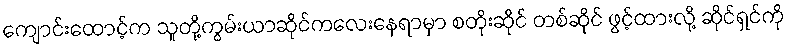
ကျောင်းထောင့်က သူတို့ကွမ်းယာဆိုင်ကလေးနေရာမှာ စတိုးဆိုင် တစ်ဆိုင် ဖွင့်ထားလို့ ဆိုင်ရှင်ကို